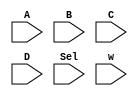
module Mux4 #(parameter n = 1) (
  input [n-1:0] A, B, C, D,
  input [1:0] Sel, input[n-1:0] w);

    assign w = (Sel == 2'b00) ? A :
               ( (Sel == 2'b01) ? B :
               ( (Sel == 2'b10) ? C : D ) ) ;
endmodule